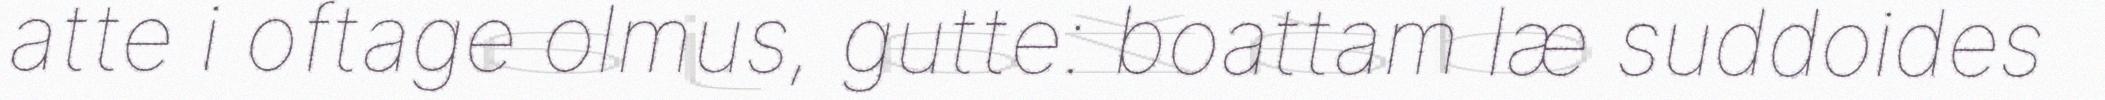
atte i oftage olmus, gutte: boattam læ suddoides